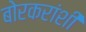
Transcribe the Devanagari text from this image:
बोरकरांशी